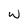
Character: w